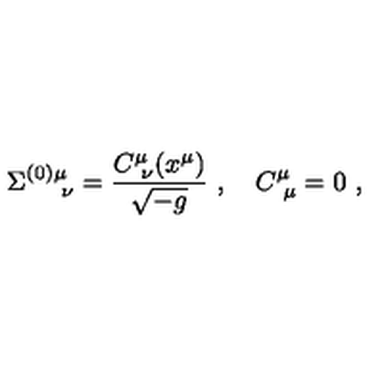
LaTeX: \Sigma _ { \quad \ \nu } ^ { ( 0 ) \mu } = { \frac { C _ { \ \nu } ^ { \mu } ( x ^ { \mu } ) } { \sqrt { - g } } } \ , \quad C _ { \ \mu } ^ { \mu } = 0 \ ,